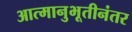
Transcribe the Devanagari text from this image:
आत्मानुभूतीनंतर